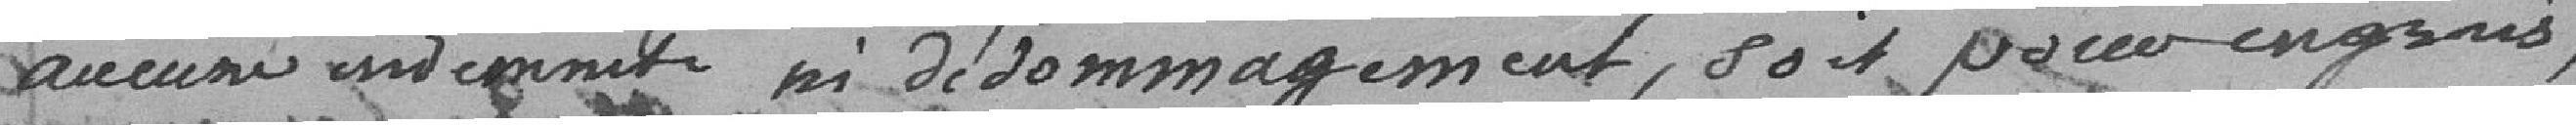
aucune indemnité ni dédommagement, soit pour engrais,